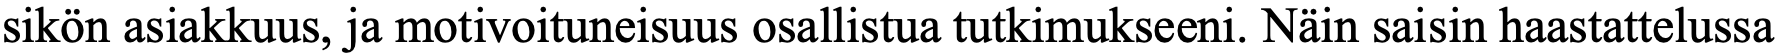
sikön asiakkuus, ja motivoituneisuus osallistua tutkimukseeni. Näin saisin haastattelussa